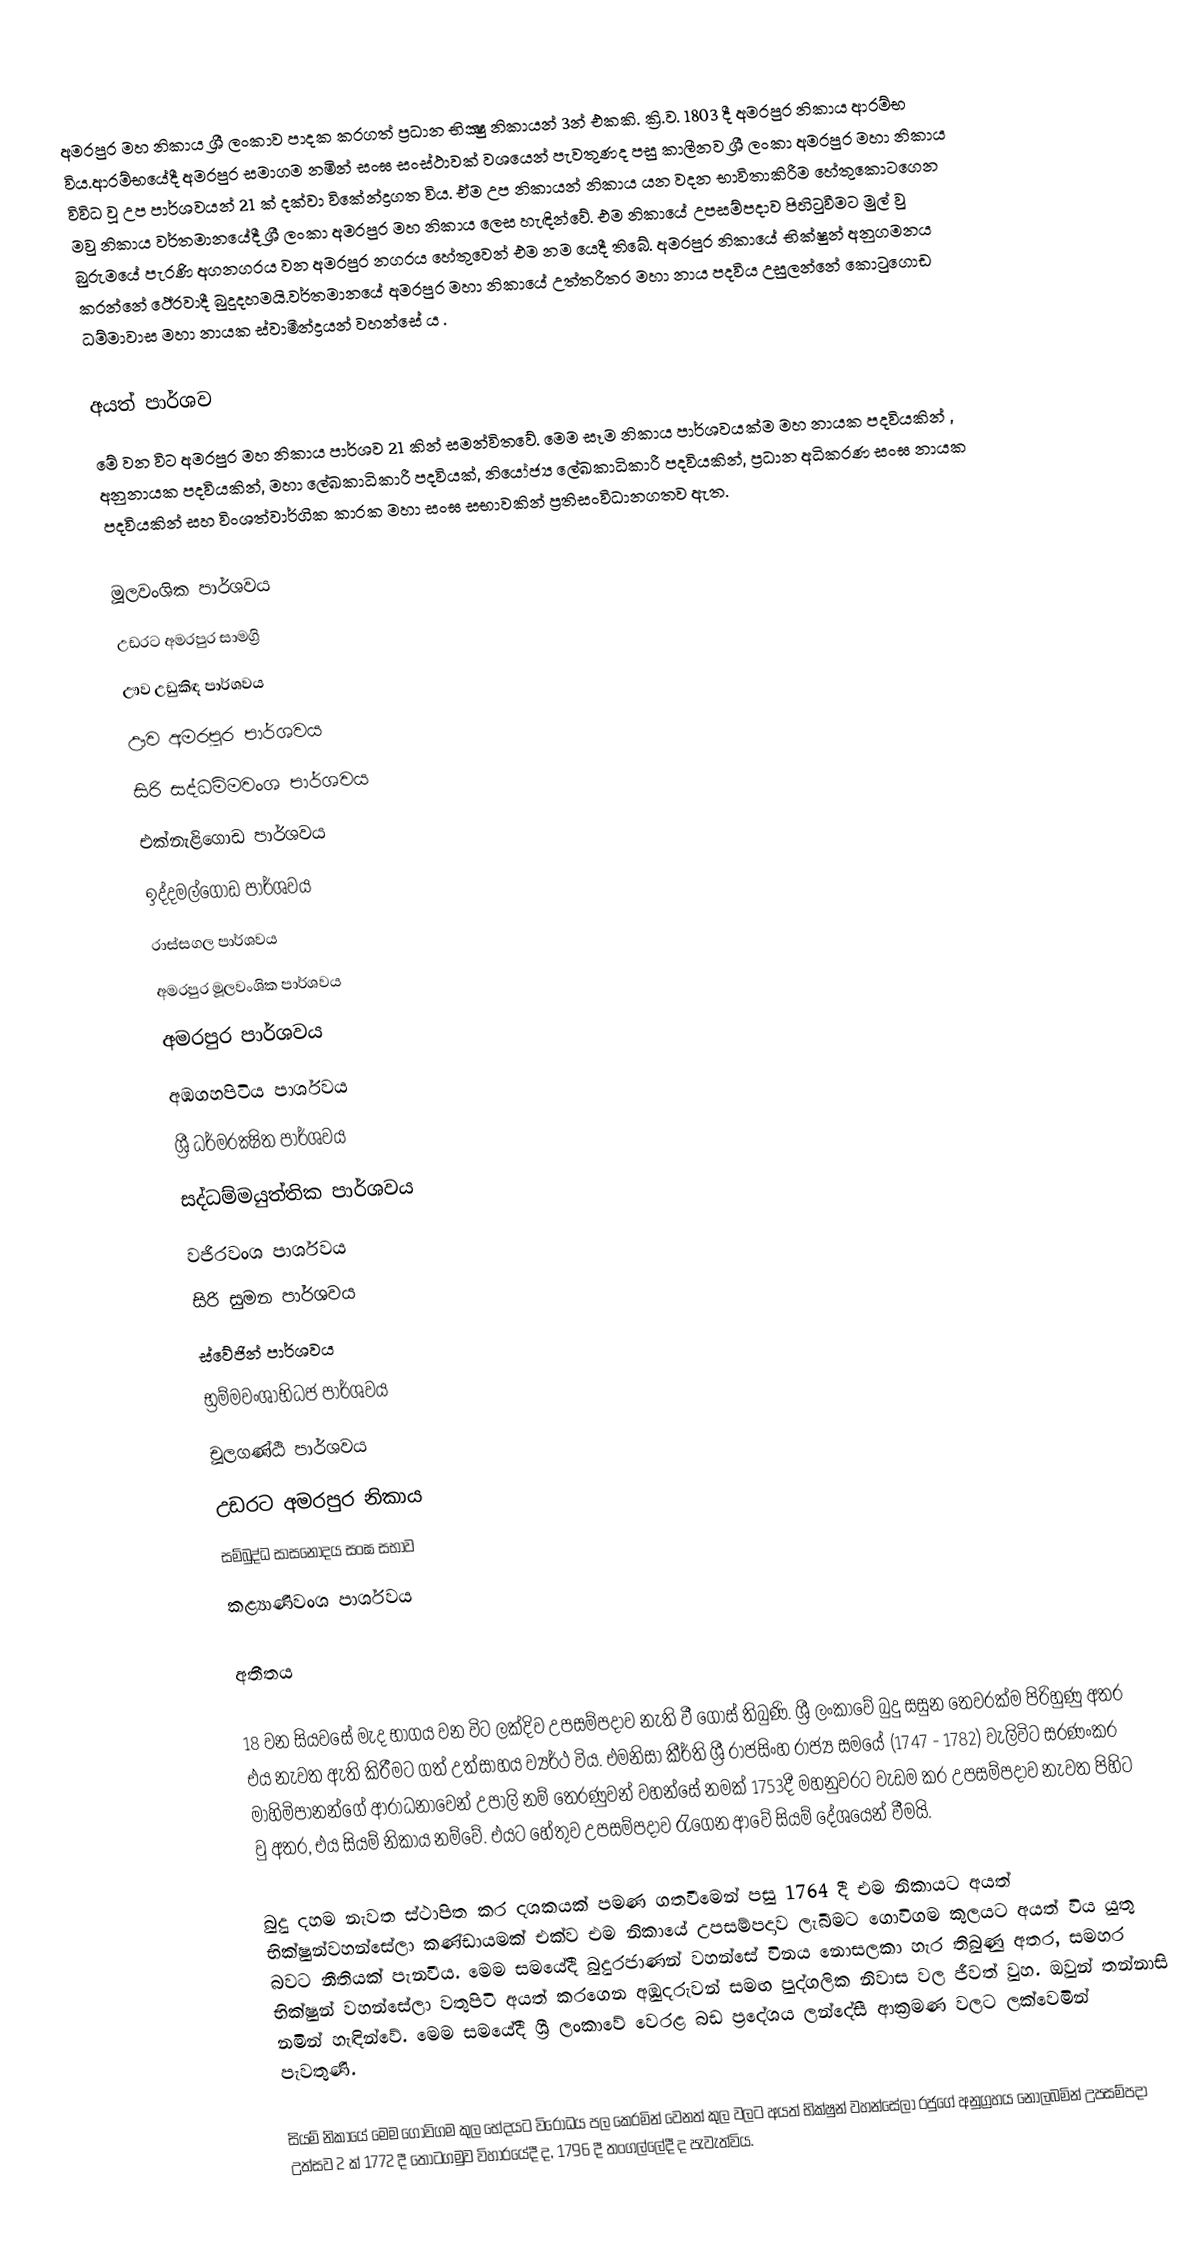
අමරපුර මහ නිකාය ශ්‍රී ලංකාව පාදක කරගත් ප්‍රධාන  භික්‍ෂු නිකායන් 3න් එකකි. ක්‍රි.ව. 1803 දී අමරපුර නිකාය  ආරම්භ විය.ආරම්භයේදී අමරපුර සමාගම නමින් සංඝ සංස්ථාවක් වශයෙන් පැවතුණද පසු කාලීනව ශ්‍රී ලංකා අමරපුර මහා නිකාය විවිධ වූ  උප පාර්ශවයන් 21 ක් දක්වා විකේන්ද්‍රගත විය. ඒම උප නිකායන් නිකාය යන වදන භාවිතාකිරීම හේතුකොටගෙන මවු නිකාය වර්තමානයේදී  ශ්‍රී ලංකා අමරපුර මහ නිකාය ලෙස හැඳින්වේ.  එම නිකායේ උපසම්පදාව පිහිටුවීමට මුල් වු බුරුමයේ පැරණි අගනගරය වන අමරපුර නගරය හේතුවෙන් එම නම යෙදී තිබේ. අමරපුර නිකායේ භික්ෂුන් අනුගමනය කරන්නේ  ථේරවාදී  බුදුදහමයි.වර්තමානයේ අමරපුර මහා නිකායේ උත්තරීතර මහා නාය පදවිය උසුලන්නේ කොටුගොඩ ධම්මාවාස මහා නායක ස්වාමීන්ද්‍රයන් වහන්සේ ය .

අයත් පාර්ශව
මේ වන විට අමරපුර මහ නිකාය පාර්ශව 21 කින් සමන්විතවේ. මෙම සෑම නිකාය පාර්ශවයක්ම මහ නායක පදවියකින් , අනුනායක පදවියකින්, මහා ලේඛකාධිකාරී පදවියක්, නියෝජ්‍ය ලේඛකාධිකාරී පදවියකින්, ප්‍රධාන අධිකරණ සංඝ නායක පදවියකින් සහ විංශත්වාර්ගික කාරක මහා සංඝ සභාවකින් ප්‍රතිසංවිධානගතව ඇත.

මූලවංශික පාර්ශවය
උඩරට අමරපුර සාමග්‍රි
ඌව උඩුකිඳ පාර්ශවය
ඌව අමරපුර පාර්ශවය
සිරි සද්ධම්මවංශ පාර්ශවය
එක්නැළිගොඩ පාර්ශවය
ඉද්දමල්ගොඩ පාර්ශවය
රාස්සගල පාර්ශවය
අමරපුර මූලවංශික පාර්ශවය
අමරපුර පාර්ශවය
අඹගහපිටිය පාර්ශවය
ශ්‍රී ධර්මරක්‍ෂිත පාර්ශවය
සද්ධම්මයුත්තික පාර්ශවය
වජිරවංශ පාර්ශවය
සිරි සුමන පාර්ශවය
ස්වේජින් පාර්ශවය
භ්‍රම්මවංශාභිධජ පාර්ශවය
චූලගණ්ඨි පාර්ශවය
උඩරට අමරපුර නිකාය
සම්බුද්ධ සාසනෝදය සංඝ සභාව
කළ්‍යාණිවංශ පාර්ශවය

අතීතය

18 වන සියවසේ මැද භාගය වන විට ලක්දිව උපසම්පදාව නැති වී ගොස් තිබුණි. ශ්‍රී ලංකාවේ බුදු සසුන තෙවරක්ම පිරිහුණු අතර එය නැවත ඇති කිරීමට ගත් උත්සාහය ව්‍යර්ථ විය. එමනිසා කීර්ති ශ්‍රී රාජසිංහ රාජ්‍ය සමයේ (1747 - 1782) වැලිවිට සරණංකර මාහිමිපානන්ගේ ආරාධනාවෙන් උපාලි නම් තෙරණුවන් වහන්සේ නමක් 1753දී මහනුවරට වැඩම කර උපසම්පදාව නැවත පිහිට වු අතර, එය සියම් නිකාය නම්වේ. එයට හේතුව උපසම්පදාව රැගෙන ආවේ සියම් දේශයෙන් වීමයි.

බුදු දහම නැවත ස්ථාපිත කර දශකයක් පමණ ගතවීමෙන් පසු 1764 දී එම නිකායට අයත් භික්ෂුන්වහන්සේලා කණ්ඩායමක් එක්ව එම නිකායේ උපසම්පදාව ලැබීමට ගොවිගම කුලයට අයත් විය යුතු බවට නීතියක් පැනවීය. මෙම සමයේදී බුදුරජාණන් වහන්සේ විනය නොසලකා හැර තිබුණු අතර, සමහර භික්ෂුන් වහන්සේලා වතුපිටි අයත් කරගෙන අඹුදරුවන් සමඟ පුද්ගලික නිවාස වල ජීවත් වුහ. ඔවුන් තන්නාසි නමින් හැඳින්වේ. මෙම සම‍යේදී ශ්‍රී ලංකාවේ වෙරළ බඩ ප්‍රදේශය ලන්දේසී ආක්‍රමණ වලට ලක්වෙමින් පැවතුණි.

සියම් නිකායේ මෙම ගොවිගම කුල භේදයට විරෝධය පල කෙරමින් වෙනත් කුල වලට අයත් භික්ෂුන් වහන්සේලා රජුගේ අනුග්‍රහය නොලබමින් උපසම්පදා උත්සව 2 ක් 1772 දී තොටගමුව විහාරයේදී ද, 1796 දී තංගල්ලේදී ද පැවැත්විය.